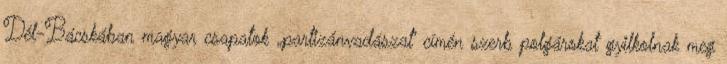
Dél-Bácskában magyar csapatok „partizánvadászat” címén szerb polgárokat gyilkolnak meg